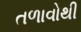
તળાવોથી